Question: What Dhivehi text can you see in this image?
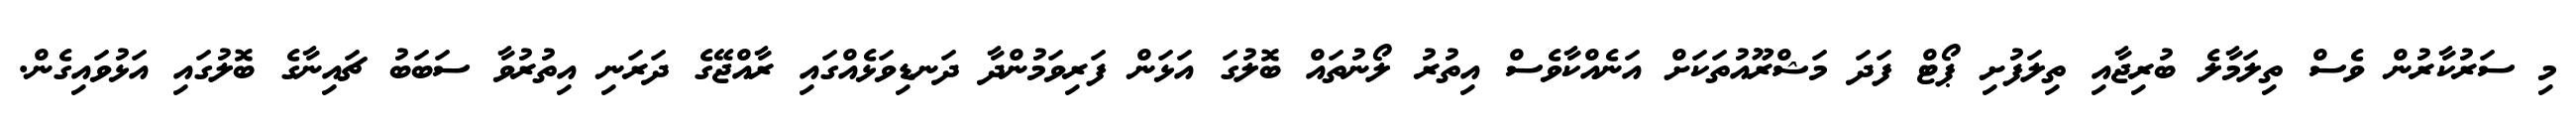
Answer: މި ސަރުކާރުން ވެސް ތިލަމާލެ ބުރިޖާއި ތިލަފުށި ޕޯޓް ފަދަ މަޝްރޫއުތަކަށް އަނެއްކާވެސް އިތުރު ލޯނުތައް ބޮލުގަ އަޅަން ފަރިވަމުންދާ ދަނޑިވަޅެއްގައި ރާއްޖޭގެ ދަރަނި އިތުރުވާ ސަބަބު ޗައިނާގެ ބޮލުގައި އަޅުވައިގެން.